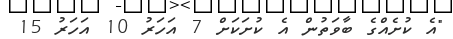
"އެ ކުށެއްގެ ބާވަތުން އެ ކުށަކަށް 7 އަހަރު 10 އަހަރު 15